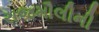
રાજમૌલીની